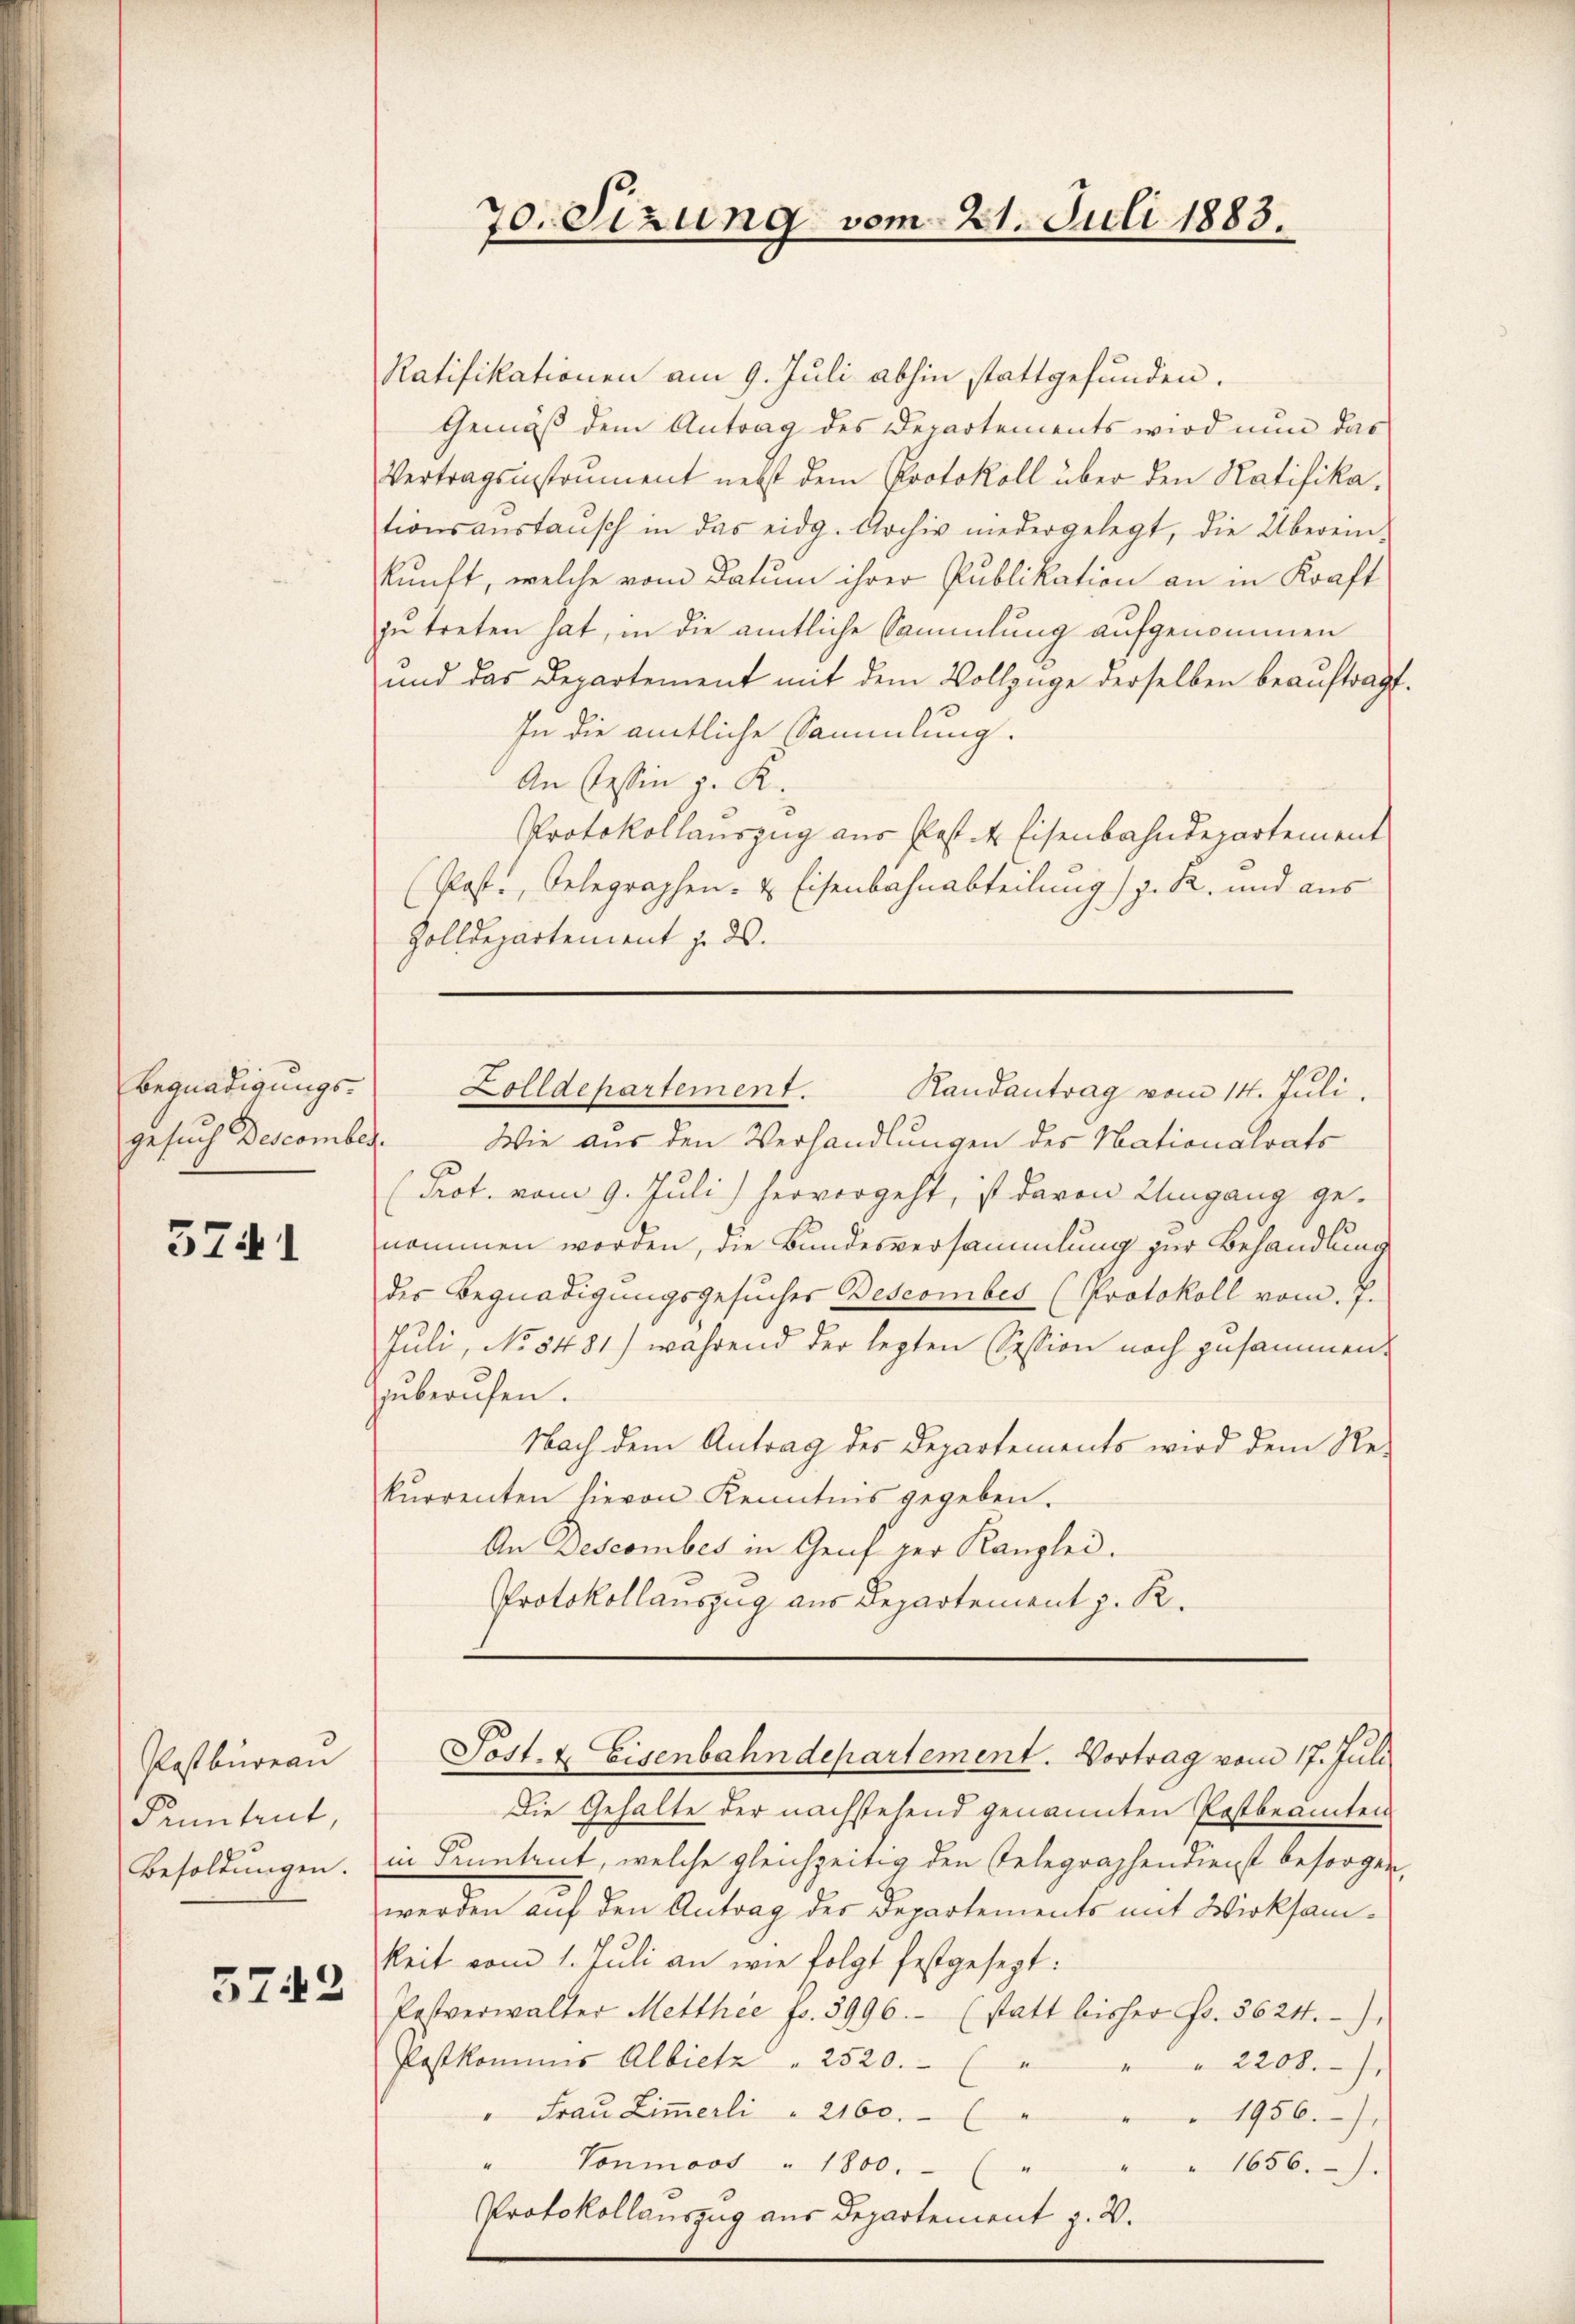
Begnadigungs-
gesuch Descomber.

3741

Postbureau
Penntent,
Besoldungen.
5742

Ratifikationen am 9. Juli abhin stattgefunden.
Gemäß dem Antrag des Departements wird nun das
Vertragsinstrument nebst dem Protokoll über den Ratifikationsanstansch in das eidg. Archiv niedergelegt, die Überein-
kunft, welche vom Datum ihrer Publikation an in Kraft
zu treten hat, in die amtliche Sammlung aufgenommen
und das Departement mit dem Vollzüge derselben beauftragt.
In die amtliche Sammlung.
An Cessin z. K.
Protokollauszug aus Post- & Eisenbahndepartement
(Post., Oelegraphen- & Eisenbahnabteilung) z. R. und aus
Zolldepartement u. ds.

Wie aus den Verhandlungen des Nationalrats
Prot. vom 9. Juli) hervorgeht, ist davon Umgang genommen worden, die Bundesversammlung zur Behandlung
des Begnadigungsgesucher Bescomber (Protokoll vom 7.
Juli, No 5481) während der lezten Session noch zusammenzuberufen.
Nach dem Antrag des Departements wird dem Re-
kurrenten hievon Kenntnis gegeben.
An Descomber in Genf zur Kanzlei.
Protokollauszug aus Departement z. R.

70. Sizung vom 21. Juli 1883.

Zolldepartement.
Randantrag vom 14. Juli.

Die Gehalte der nachstehend genannten Postbeamten
in Pruntrut, welche gleichzeitig den Gelegraphendienst besorgen,
werden auf den Antrag der Departements mit Wirksamkeit vom 1. Juli an wie folgt festgesezt:
Postverwalter Metthie fr. 3996.- (statt bisher Fr. 5624),
Postkommnes Albietz   2520.
" " 2208.
" Frau Zimmerli " 2160. ( " " " 1956.)
.
Vonmoos " 1800.- (
" " 1656.)
Protokollauszug aus Departement z. B.

Post- & Eisenbahndepartement. Vortrag vom 17. Juli